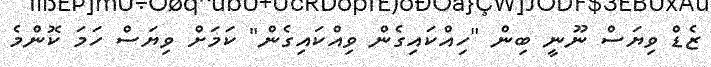
ޒެޑް ވިޔަސް ނޫނީ ބިން "ހިއްކައިގެން ވިއްކައިގެން" ކަމަށް ވިޔަސް ހަމަ ކޮންމެ